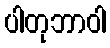
ပါတုဘာဝါ